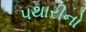
પથારીનો